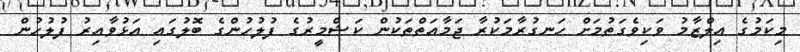
މިކަމުގެ އިލްޒާމު ވަކިވެގަތުމަށް ހަނގުރާމަކުރާ ޖަމާއަތްތަކުން ކަޝްމީރުގެ ފުލުހުންގެ ބޮލުގައި އަޅުވާއިރު ފުލުހުން